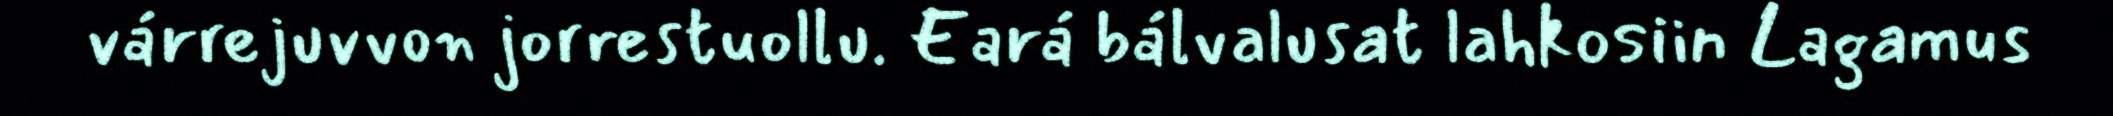
várrejuvvon jorrestuollu. Eará bálvalusat lahkosiin Lagamus